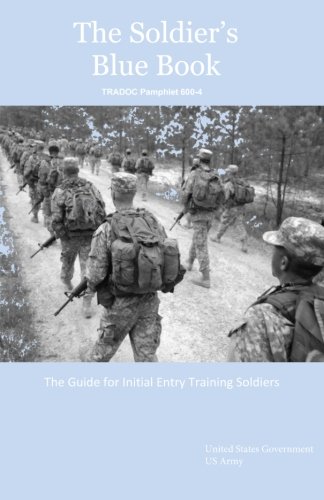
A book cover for The Soldier's Blue Book: The Guide for Initial Entry Training Soldiers  TRADOC Pamphlet 600-4 (Tradoc Pamplet 600-4); United States Government US Army; Test Preparation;